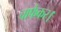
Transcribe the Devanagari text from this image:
चाफेकर।